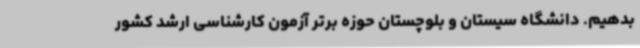
بدهیم. دانشگاه سیستان و بلوچستان حوزه‌ برتر آزمون کارشناسی ارشد کشور